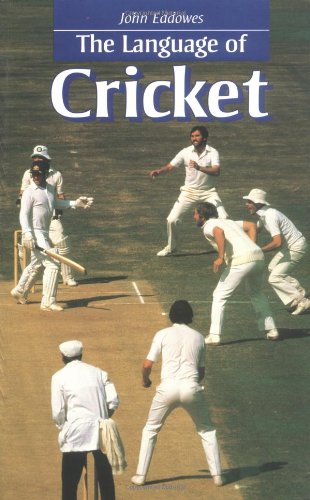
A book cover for The Language of Cricket ("Language of" series); John Eddowes; Sports & Outdoors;